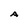
Character: A